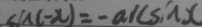
\angle C A ( - x ) = - a \sin x